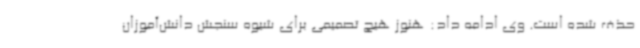
حذف شده است. وی ادامه داد: هنوز هیچ تصمیمی برای شیوه سنجش دانش‌آموزان